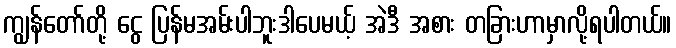
ကျွန်တော်တို့ ငွေ ပြန်မအမ်းပါဘူးဒါပေမယ့် အဲဒီ အစား တခြားဟာမှာလို့ရပါတယ်။